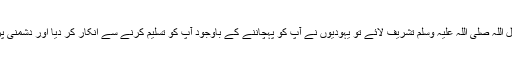
لیکن رسول اللہ صلی اللہ علیہ وسلم تشریف لائے تو یہودیوں نے آپؐ کو پہچاننے کے باوجود آپؐ کو تسلیم کرنے سے انکار کر دیا اور دشمنی پر اتر آئے۔